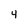
Character: 4